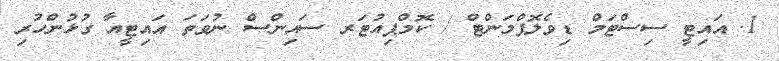
1. އައިޓީ ސިސްޓަމް ޑިވެލޮޕްމަންޓް / ކޮމްޕިއުޓަރ ސައިންސް ނުވަތަ އައިޓީއާ ގުޅުންހުރި